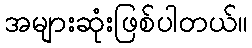
အများဆုံးဖြစ်ပါတယ်။